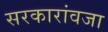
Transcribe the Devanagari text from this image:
सरकारांवजा